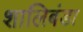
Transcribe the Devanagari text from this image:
शालिबंडा